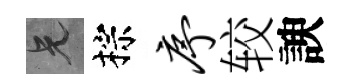
兄棕序较諛